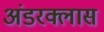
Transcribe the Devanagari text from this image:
अंडरक्लास